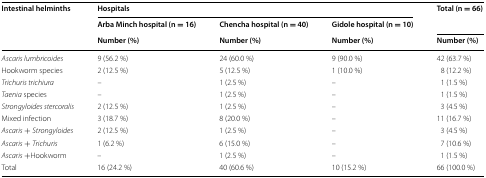
<table><thead><tr><td rowspan="3"><b>Intestinal helminths</b></td><td colspan="3"><b>Hospitals</b></td><td rowspan="2"><b>Total (n = 66)</b></td></tr><tr><td><b>Arba Minch hospital (n = 16)</b></td><td><b>Chencha hospital (n = 40)</b></td><td><b>Gidole hospital (n = 10)</b></td></tr><tr><td><b>Number (%)</b></td><td><b>Number (%)</b></td><td><b>Number (%)</b></td><td><b>Number (%)</b></td></tr></thead><tbody><tr><td><i>Ascaris lumbricoides</i></td><td>9 (56.2 %)</td><td>24 (60.0 %)</td><td>9 (90.0 %)</td><td>42 (63.7 %)</td></tr><tr><td>Hookworm species</td><td>2 (12.5 %)</td><td>5 (12.5 %)</td><td>1 (10.0 %)</td><td>8 (12.2 %)</td></tr><tr><td><i>Trichuris trichiura</i></td><td>–</td><td>1 (2.5 %)</td><td>–</td><td>1 (1.5 %)</td></tr><tr><td><i>Taenia</i> species</td><td>–</td><td>1 (2.5 %)</td><td>–</td><td>1 (1.5 %)</td></tr><tr><td><i>Strongyloides stercoralis</i></td><td>2 (12.5 %)</td><td>1 (2.5 %)</td><td>–</td><td>3 (4.5 %)</td></tr><tr><td>Mixed infection</td><td>3 (18.7 %)</td><td>8 (20.0 %)</td><td>–</td><td>11 (16.7 %)</td></tr><tr><td><i>Ascaris</i> + <i>Strongyloides</i></td><td>2 (12.5 %)</td><td>1 (2.5 %)</td><td>–</td><td>3 (4.5 %)</td></tr><tr><td><i>Ascaris</i> + <i>Trichuris</i></td><td>1 (6.2 %)</td><td>6 (15.0 %)</td><td>–</td><td>7 (10.6 %)</td></tr><tr><td><i>Ascaris</i> +Hookworm</td><td>–</td><td>1 (2.5 %)</td><td>–</td><td>1 (1.5 %)</td></tr><tr><td>Total</td><td>16 (24.2 %)</td><td>40 (60.6 %)</td><td>10 (15.2 %)</td><td>66 (100.0 %)</td></tr></tbody></table>